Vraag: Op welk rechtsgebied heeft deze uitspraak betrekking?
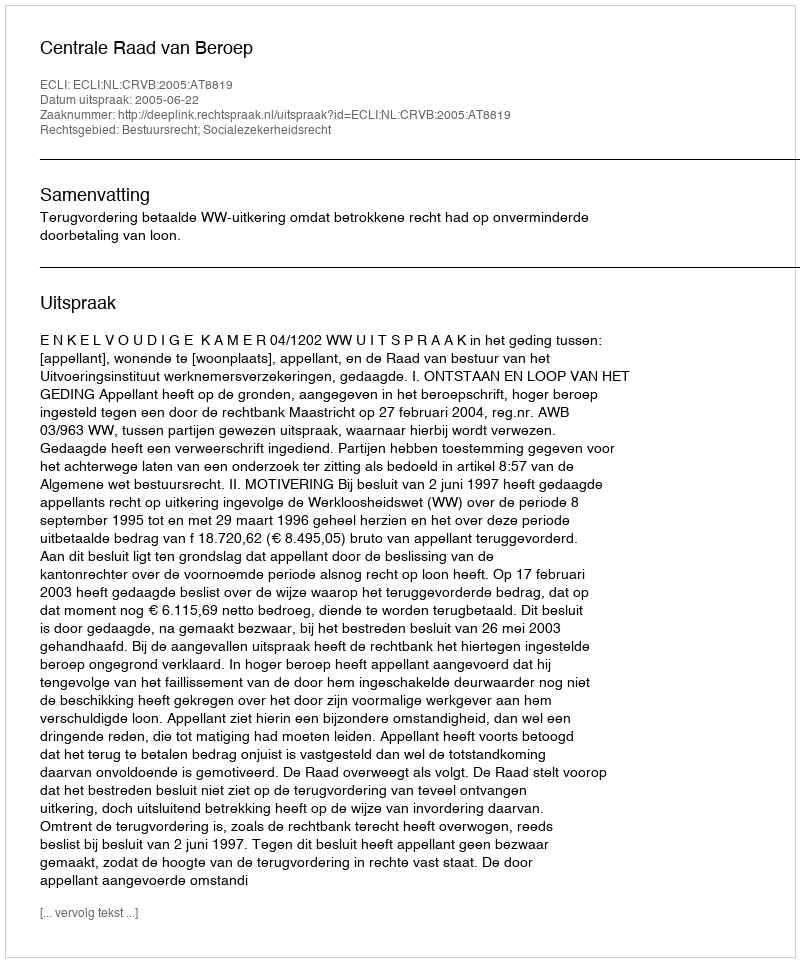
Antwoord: Bestuursrecht; Socialezekerheidsrecht